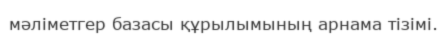
мәліметгер базасы құрылымының арнама тізімі.